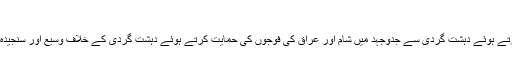
مصر، شام اور عراق کی فوجوں کی حمایت کرتا ہے : السیسی
عبد الفتاح السیسی نے منگل کو پرتگال کے ٹی وی چینل سے بات کرتے ہوئے دہشت گردی سے جدوجہد میں شام اور عراق کی فوجوں کی حمایت کرتے ہوئے دہشت گردی کے خلاف وسیع اور سنجیدہ کارروائی کرنے اور ان کی اسلحہ جاتی امداد بند کرنے پر تاکید کی۔